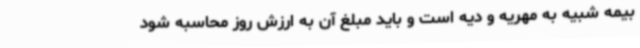
بیمه شبیه به مهریه و دیه است و باید مبلغ آن به ارزش روز محاسبه شود